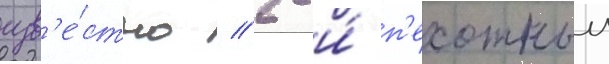
изв'е́стно // 2-и́ п'ехотныи